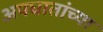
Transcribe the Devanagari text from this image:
अपघातांच्या